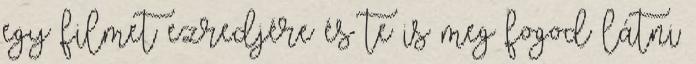
egy filmet ezredjére és te is meg fogod látni